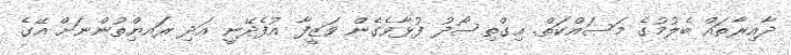
ދާއިރާތައް ބެލުމުގެ މަސައްކަތް. އިގްތިސޯދު ފުޅާވެގެން ވަޒީފާ އުފެދޭނީ އަދި ރައޔްިތުންނަށް އޭގެ